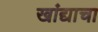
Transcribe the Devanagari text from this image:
खांद्याचा